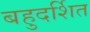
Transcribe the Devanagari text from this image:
बहुदर्शित